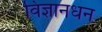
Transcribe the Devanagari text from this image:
विज्ञानधन